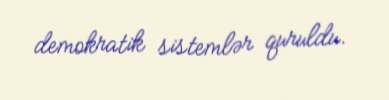
demokratik sistemlər quruldu.